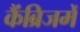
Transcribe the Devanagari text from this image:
कैंब्रिजमें